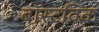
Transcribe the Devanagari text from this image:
बॉस्टविक